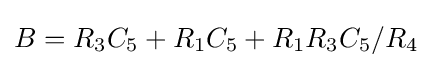
B=R_{3}C_{5}+R_{1}C_{5}+R_{1}R_{3}C_{5}/R_{4}